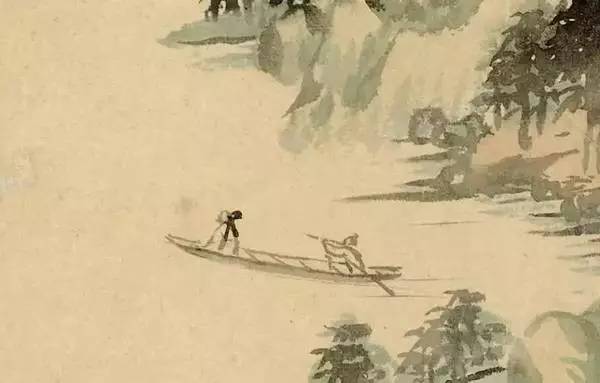
人生在世不称意，明朝散发弄扁舟。